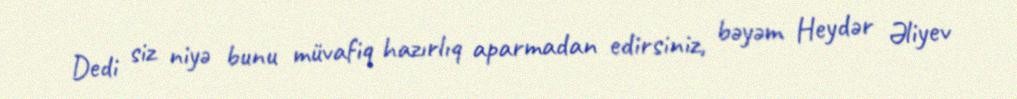
Dedi siz niyə bunu müvafiq hazırlıq aparmadan edirsiniz, bəyəm Heydər Əliyev